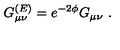
G _ { \mu \nu } ^ { ( E ) } = e ^ { - 2 \phi } G _ { \mu \nu } \ .